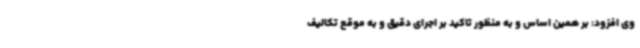
وی افزود: بر همین اساس و به منظور تاکید بر اجرای دقیق و به موقع تکالیف